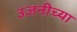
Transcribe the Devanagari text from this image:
उजनीच्या